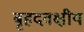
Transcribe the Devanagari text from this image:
बृहदवक्षीय